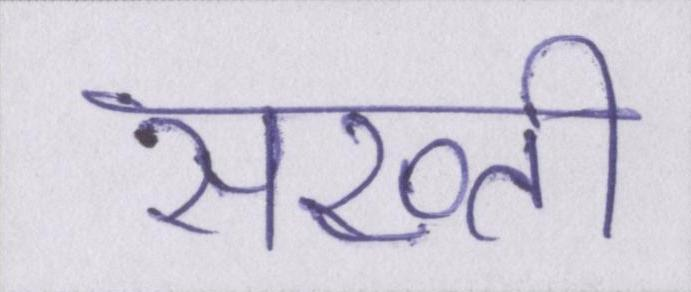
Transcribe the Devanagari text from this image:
सख्ती